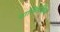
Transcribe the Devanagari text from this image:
पालिनेसिया